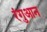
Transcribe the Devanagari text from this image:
रंगुआन